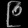
Digit: ၉